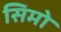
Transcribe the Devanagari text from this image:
सिमो